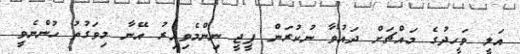
އަލީ ވަހީދުގެ މައްޗަށް ދައުވާ ނުކުރަން ޕީޖީ ނިންމެވިއިރު އޭނާ މިވަގުތު ހުންނެވީ